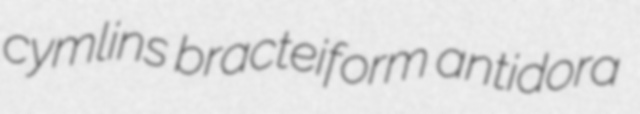
cymlins bracteiform antidora